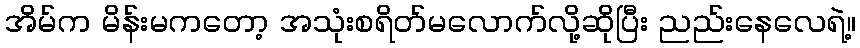
အိမ်က မိန်းမကတော့ အသုံးစရိတ်မလောက်လို့ဆိုပြီး ညည်းနေလေရဲ့။